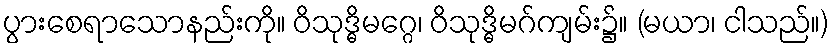
ပွားစေရာသောနည်းကို။ ဝိသုဒ္ဓိမဂ္ဂေ၊ ဝိသုဒ္ဓိမဂ်ကျမ်း၌။ (မယာ၊ ငါသည်။)